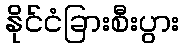
နိုင်ငံခြားစီးပွား